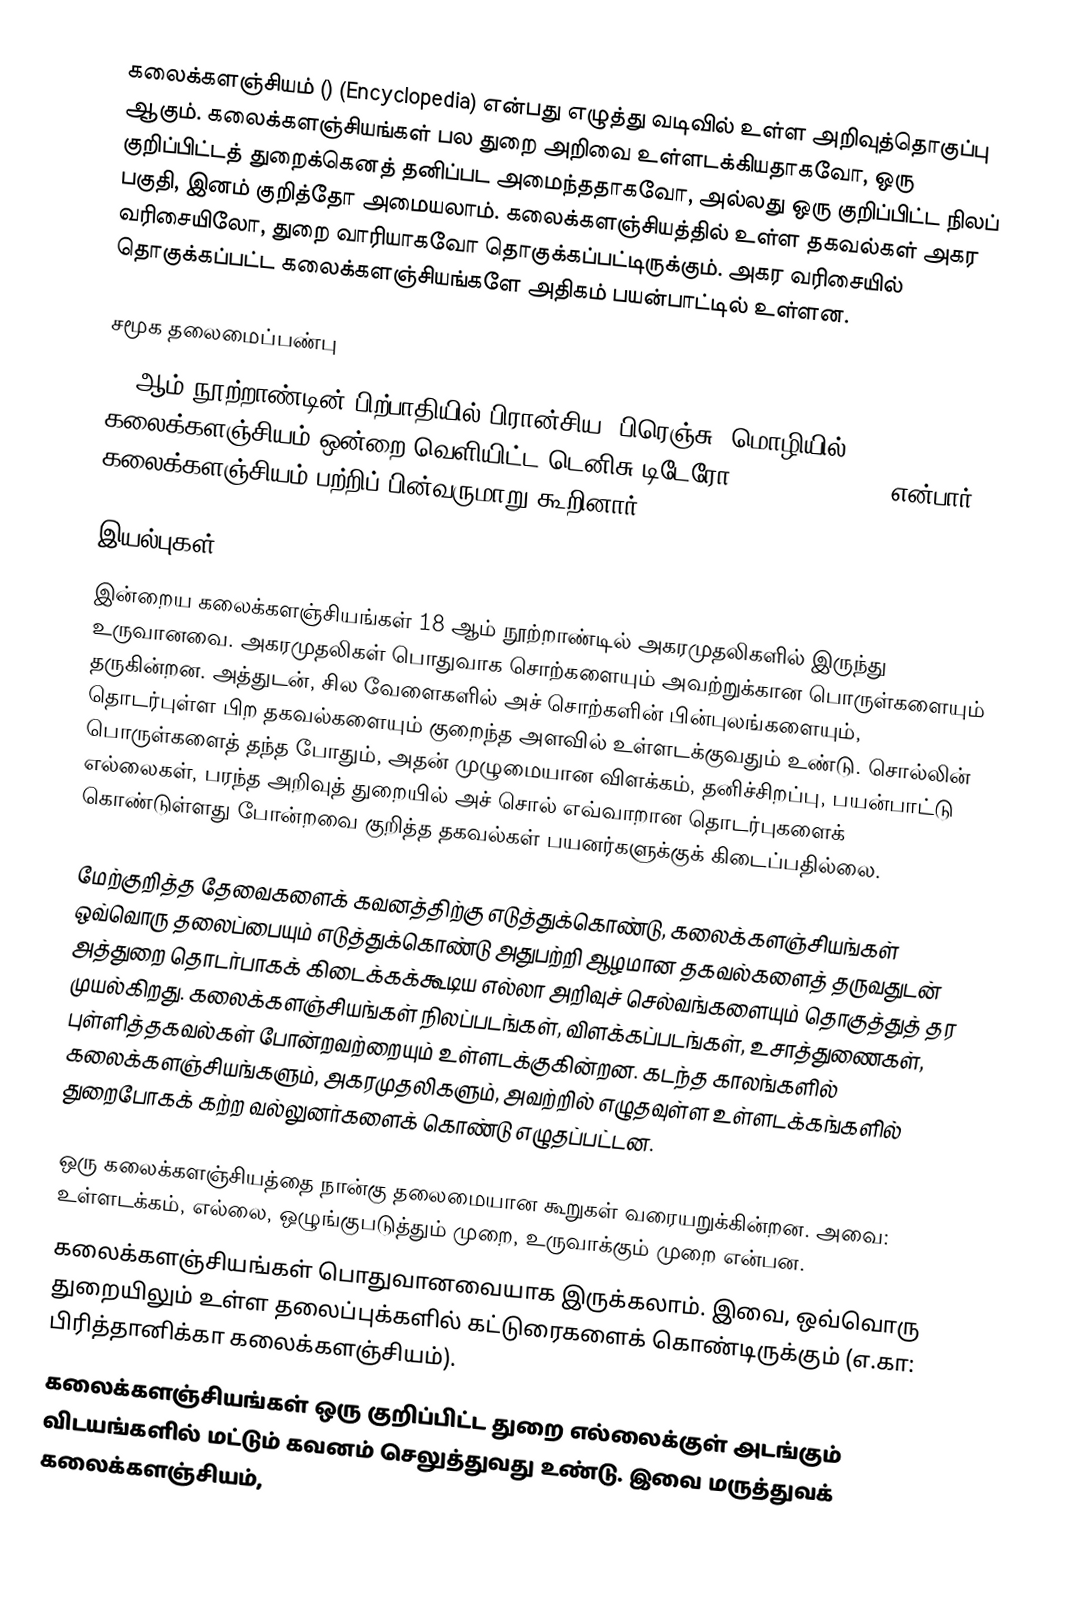
கலைக்களஞ்சியம் () (Encyclopedia)  என்பது எழுத்து வடிவில் உள்ள அறிவுத்தொகுப்பு ஆகும். கலைக்களஞ்சியங்கள் பல துறை அறிவை உள்ளடக்கியதாகவோ, ஒரு குறிப்பிட்டத் துறைக்கெனத் தனிப்பட அமைந்ததாகவோ, அல்லது ஒரு குறிப்பிட்ட நிலப் பகுதி, இனம் குறித்தோ அமையலாம். கலைக்களஞ்சியத்தில் உள்ள தகவல்கள் அகர வரிசையிலோ, துறை வாரியாகவோ தொகுக்கப்பட்டிருக்கும். அகர வரிசையில் தொகுக்கப்பட்ட கலைக்களஞ்சியங்களே அதிகம் பயன்பாட்டில் உள்ளன.

சமூக தலைமைப்பண்பு
18 ஆம் நூற்றாண்டின் பிற்பாதியில் பிரான்சிய (பிரெஞ்சு) மொழியில் கலைக்களஞ்சியம் ஒன்றை வெளியிட்ட டெனிசு டிடேரோ (Denis Diderot) என்பார் கலைக்களஞ்சியம் பற்றிப் பின்வருமாறு கூறினார்:

இயல்புகள்
இன்றைய கலைக்களஞ்சியங்கள் 18 ஆம் நூற்றாண்டில் அகரமுதலிகளில் இருந்து உருவானவை. அகரமுதலிகள் பொதுவாக சொற்களையும் அவற்றுக்கான பொருள்களையும் தருகின்றன. அத்துடன், சில வேளைகளில் அச் சொற்களின் பின்புலங்களையும், தொடர்புள்ள பிற தகவல்களையும் குறைந்த அளவில் உள்ளடக்குவதும் உண்டு. சொல்லின் பொருள்களைத் தந்த போதும், அதன் முழுமையான விளக்கம், தனிச்சிறப்பு, பயன்பாட்டு எல்லைகள், பரந்த அறிவுத் துறையில் அச் சொல் எவ்வாறான தொடர்புகளைக் கொண்டுள்ளது போன்றவை குறித்த தகவல்கள் பயனர்களுக்குக் கிடைப்பதில்லை.

மேற்குறித்த தேவைகளைக் கவனத்திற்கு எடுத்துக்கொண்டு, கலைக்களஞ்சியங்கள் ஒவ்வொரு தலைப்பையும் எடுத்துக்கொண்டு அதுபற்றி ஆழமான தகவல்களைத் தருவதுடன் அத்துறை தொடர்பாகக் கிடைக்கக்கூடிய எல்லா அறிவுச் செல்வங்களையும் தொகுத்துத் தர முயல்கிறது. கலைக்களஞ்சியங்கள் நிலப்படங்கள், விளக்கப்படங்கள், உசாத்துணைகள், புள்ளித்தகவல்கள் போன்றவற்றையும் உள்ளடக்குகின்றன. கடந்த காலங்களில் கலைக்களஞ்சியங்களும், அகரமுதலிகளும், அவற்றில் எழுதவுள்ள உள்ளடக்கங்களில் துறைபோகக் கற்ற வல்லுனர்களைக் கொண்டு எழுதப்பட்டன.

ஒரு கலைக்களஞ்சியத்தை நான்கு தலைமையான கூறுகள் வரையறுக்கின்றன. அவை: உள்ளடக்கம், எல்லை, ஒழுங்குபடுத்தும் முறை, உருவாக்கும் முறை என்பன.
 கலைக்களஞ்சியங்கள் பொதுவானவையாக இருக்கலாம். இவை, ஒவ்வொரு துறையிலும் உள்ள தலைப்புக்களில் கட்டுரைகளைக் கொண்டிருக்கும் (எ.கா: பிரித்தானிக்கா கலைக்களஞ்சியம்).
 கலைக்களஞ்சியங்கள் ஒரு குறிப்பிட்ட துறை எல்லைக்குள் அடங்கும் விடயங்களில் மட்டும் கவனம் செலுத்துவது உண்டு. இவை மருத்துவக் கலைக்களஞ்சியம்,